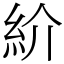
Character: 紒